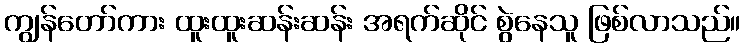
ကျွန်တော်ကား ထူးထူးဆန်းဆန်း အရက်ဆိုင် စွဲနေသူ ဖြစ်လာသည်။